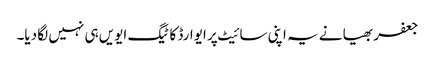
جعفر بھیا نے یہ اپنی سائیٹ پر ایوارڈ کا ٹیگ ایویں ہی نہیں لگا دیا۔